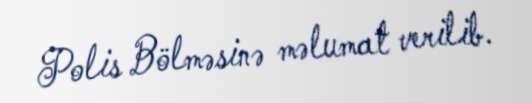
Polis Bölməsinə məlumat verilib.